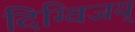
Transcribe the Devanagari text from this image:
दिग्विजय्